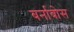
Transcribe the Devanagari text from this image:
बर्नाबोस